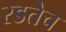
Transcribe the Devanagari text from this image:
रडतेच